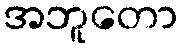
အဘူတော